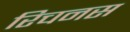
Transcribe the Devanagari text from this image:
रिचनस